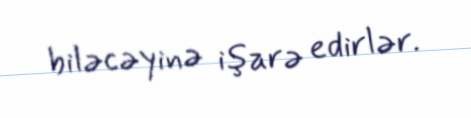
biləcəyinə işarə edirlər.